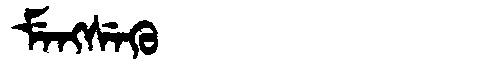
Manchu: ᠮᡝᠩᠰᡝᡴᡠ
Romanization: MENGSEKU